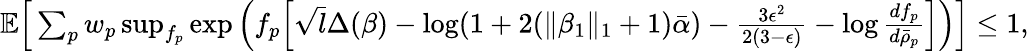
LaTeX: \begin{array}{r}{\mathbb{E}\Big[\sum_{p}w_{p}\operatorname*{sup}_{f_{p}}\exp\Big(f_{p}\Big[\sqrt{l}\Delta(\beta)-\log(1+2(\| \beta_{1}\| _{1}+1)\bar{\alpha})-\frac{3\epsilon^{2}}{2(3-\epsilon)}-\log\frac{df_{p}}{d\bar{\rho}_{p}}\Big]\Big)\Big]\leq 1,}\end{array}